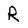
Character: R